Report on lock hospitals in British Burma
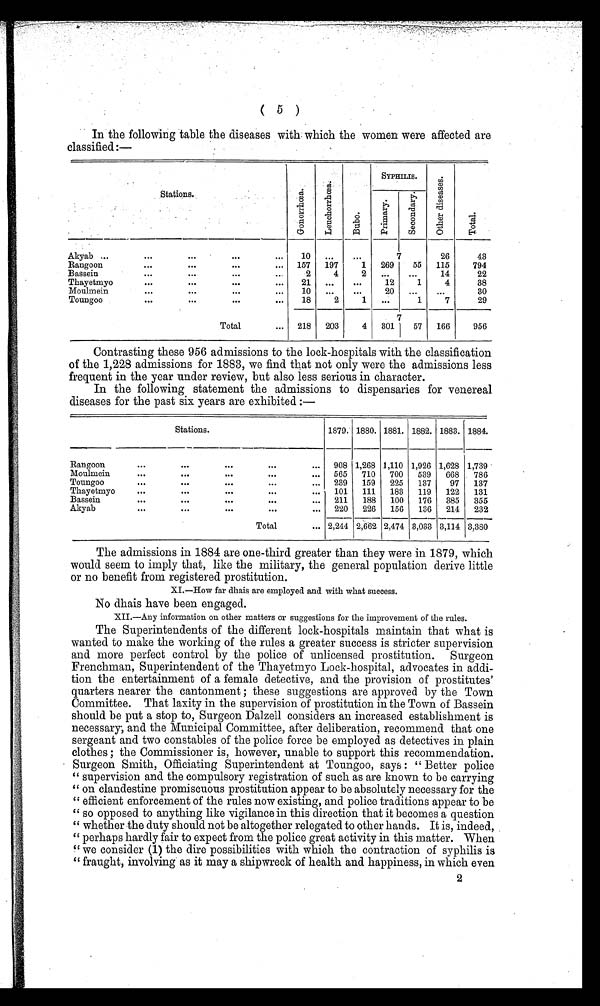
( 5 )
In the following table the diseases with which the women were affected are
classified :—
SYPHILIS.
Stations.
G o n o r r œ a
L e u c h o r r h œ a
B u b o
P r i m a r y
S e c o n d a r y
O t h e r d i s e a s e s
T o t a l
kliyab ...
...
...
...
. . .
1
. . .
26
43
Rangoon
...
...
...
. . . 157 1 -9. 7
1 269
55 115
794
Bassein
...
...
. . .
2
4
2
. . .
. . .
14
22
Phayetmyo
...
...
...
. . . 21
. . .
. . .
.12
1
4
38
Houlmein
...
. . . 10
. . .
. . .
20
. . .
. . .
30
Toungoo
...
...
".
. . . 18
2
1
. . .
1
7
29
7
Total
. . . 218 203
4 301 1 57 166
956
Contrasting these 956 admissions to the lock-hospitals with the classification
of the 1,228 admissions for 1883, we find that not only were the admissions less
frequent in the year under review, but also less serious in character.
In the following statement the admissions to dispensaries for venereal
diseases for the past six years are exhibited :—
Stations.
1879. 1880. 1881. 1882. 1883. 1884.
Rangoon
. . .
. . .
. . .
. . .
. . . 908 1,268 1,110 1,926 1,628 1,739
Moulmein
Toungoo
. . .
. . .
. . .
. . .
. . .
. . .
. . .
. . .
. . .
. . .
565
239
710
159
700
225
539
137
668
97
786
137
Thayetmyo
. . .
. . .
. . .
. . .
. . . 101
111
183
119
122 131
Bassein
. . .
. . .
. . .
. . .
. . . 211
188 100 176 385 355
Akyab
. . .
. . .
. . .
. . .
. . . 220
226
156
136 214 232
Total
. . . 2,244 2,662 2,474 3,033 3,114 3,380
The admissions in 1884 are one-third greater than they were in 1879, which
would seem to imply that, like the military, the general population derive little
or no benefit from registered prostitution.
XI.—How far dhais are employed and with what success.
No dhais have been engaged.
XII.—Any information on other matters or suggestions for the improvement of the rules.
The Superintendents of the different lock-hospitals maintain that what is
wanted to make the working of the rules a greater success is stricter supervision
and more perfect control by the police of unlicensed prostitution. Surgeon
Frenchman, Superintendent of the Thayetmyo Lock-hospital, advocates in addi-
tion the entertainment of a female detective, and the provision of prostitutes'
quarters nearer the cantonment ; these suggestions are approved by the Town
Committee. That laxity in the supervision of prostitution in the Town of Bassein
should be put a stop to, Surgeon Dal tell considers an increased establishment is
necessary, and the Municipal Committee, after deliberation, recommend that one
sergeant and two constables of the police force be employed as detectives in plain
clothes ; the Commissioner is, however, unable to support this recommendation.
Surgeon Smith, Officiating Superintendent at Toungoo, says : "Better police
" supervision and the compulsory registration of such as are known to be carrying
" on clandestine promiscuous prostitution appear to be absolutely necessary for the
" efficient enforcement of the rules now existing, and police traditions appear to be
" so opposed to anything like vigilance in this direction that it becomes a question
" whether the duty should not be altogether relegated to other hands. It is, indeed,
" perhaps hardly fair to expect from the police great activity in this matter. When
" we consider (1) the dire possibilities with which the contraction of syphilis is
" fraught, involving' as it may a shipwreck of health and happiness, in which even
2